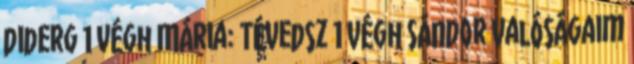
diderg 1 Végh Mária: Tévedsz 1 Végh Sándor Valóságaim